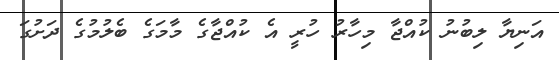
އަނިޔާ ލިބުނު ކުއްޖާ މިހާރު ހުރީ އެ ކުއްޖާގެ މާމަގެ ބެލުމުގެ ދަށުގަ